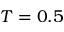
T = 0 . 5